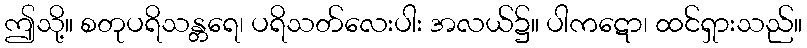
ဤသို့။ စတုပရိသန္တရေ၊ ပရိသတ်လေးပါး အလယ်၌။ ပါကဋော၊ ထင်ရှားသည်။